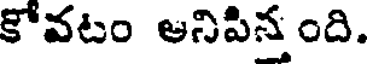
కోవటం అనిపినంది.